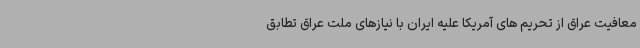
معافیت عراق از تحریم های آمریکا علیه ایران با نیازهای ملت عراق تطابق